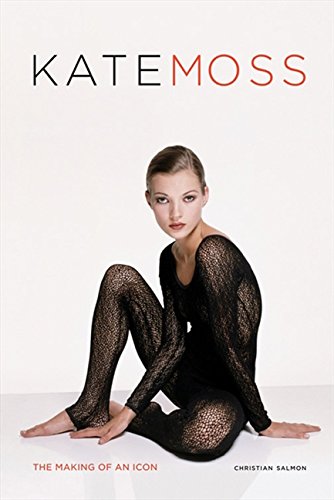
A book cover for Kate Moss: The Making of an Icon; Christian Salmon; Arts & Photography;